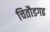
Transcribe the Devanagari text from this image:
चितौडगढ